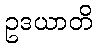
ဥဒယာတိ